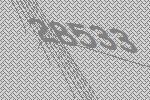
28533